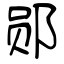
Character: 郧